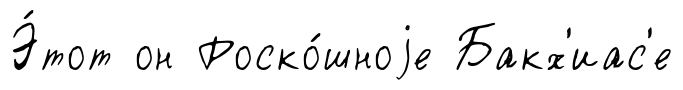
Э́тот он Роско́шноjе Бакх'иас'е